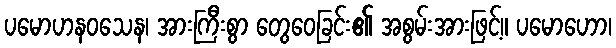
ပမောဟနဝသေန၊ အားကြီးစွာ တွေဝေခြင်း၏ အစွမ်းအားဖြင့်။ ပမောဟော၊